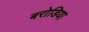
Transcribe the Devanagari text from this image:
बरोडिया